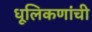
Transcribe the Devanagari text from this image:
धूलिकणांची